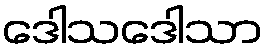
ဒေါသဒေါသာ